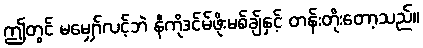
ဤတွင် မမျှော်လင့်ဘဲ နီကိုဒင်မ်ဖိုးမစ်ချ်နှင့် တန်းတိုးတော့သည်။